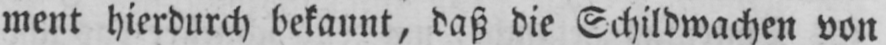
ment hierdurch bekannt, daß die Schildwachen von